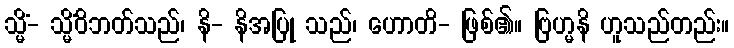
သ္မိံ- သ္မိံဝိဘတ်သည်၊ နိ- နိအပြု သည်၊ ဟောတိ- ဖြစ်၏။ ဗြဟ္မနိ ဟူသည်တည်း။